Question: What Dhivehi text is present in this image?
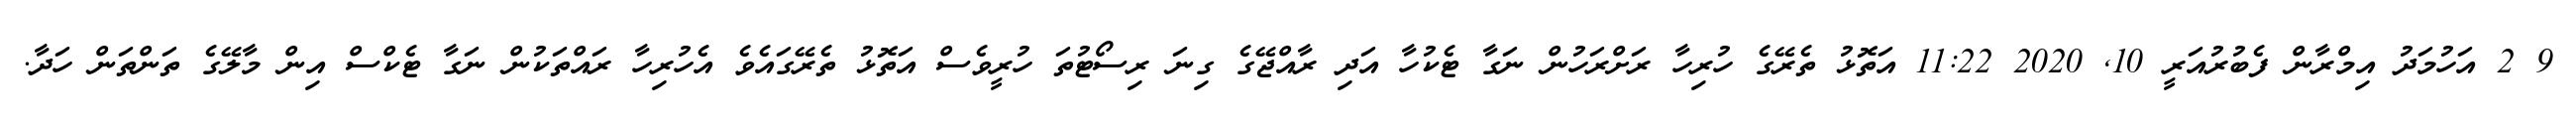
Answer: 9 2 އަހުމަދު އިމްރާން ފެބުރުއަރީ 10, 2020 11:22 އަތޮޅު ތެރޭގެ ހުރިހާ ރަށްރަހުން ނަގާ ޓެކުހާ އަދި ރާއްޖޭގެ ގިނަ ރިސޯޓުތަ ހުރީވެސް އަތޮޅު ތެރޭގައެވެ އެހުރިހާ ރައްތަކުން ނަގާ ޓެކްސް އިން މާލޭގެ ތަންތަން ހަދާ.